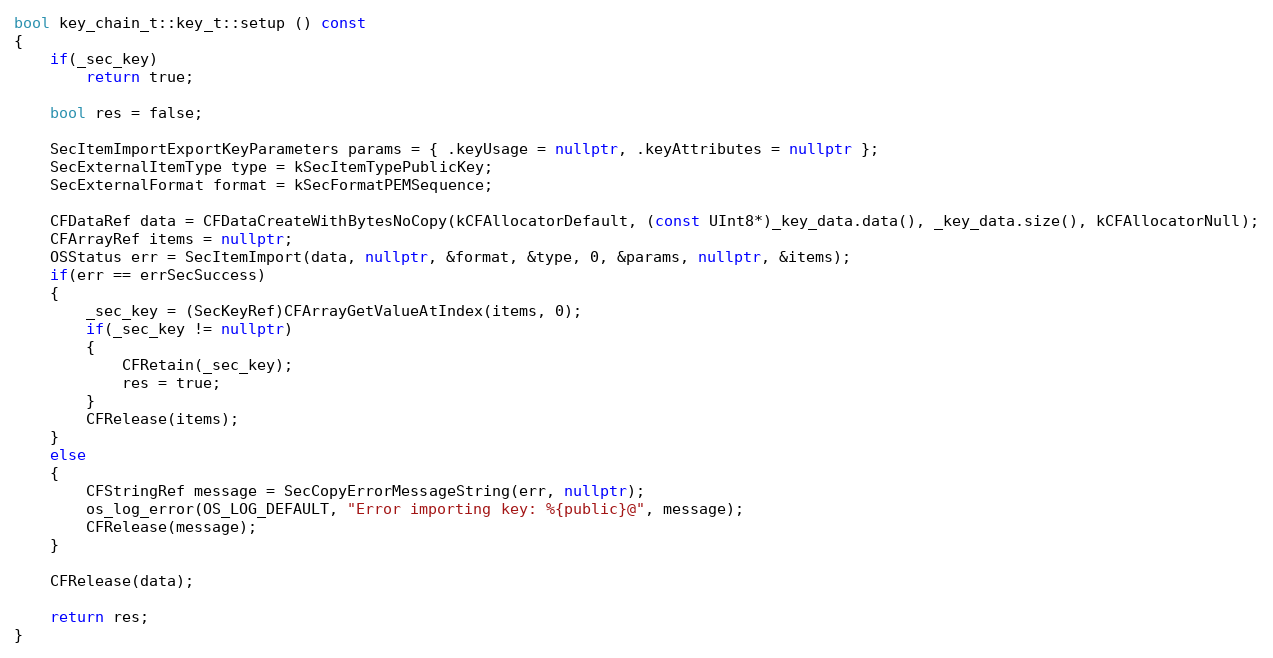
Language: C++
bool key_chain_t::key_t::setup () const
{
	if(_sec_key)
		return true;

	bool res = false;

	SecItemImportExportKeyParameters params = { .keyUsage = nullptr, .keyAttributes = nullptr };
	SecExternalItemType type = kSecItemTypePublicKey;
	SecExternalFormat format = kSecFormatPEMSequence;

	CFDataRef data = CFDataCreateWithBytesNoCopy(kCFAllocatorDefault, (const UInt8*)_key_data.data(), _key_data.size(), kCFAllocatorNull);
	CFArrayRef items = nullptr;
	OSStatus err = SecItemImport(data, nullptr, &format, &type, 0, &params, nullptr, &items);
	if(err == errSecSuccess)
	{
		_sec_key = (SecKeyRef)CFArrayGetValueAtIndex(items, 0);
		if(_sec_key != nullptr)
		{
			CFRetain(_sec_key);
			res = true;
		}
		CFRelease(items);
	}
	else
	{
		CFStringRef message = SecCopyErrorMessageString(err, nullptr);
		os_log_error(OS_LOG_DEFAULT, "Error importing key: %{public}@", message);
		CFRelease(message);
	}

	CFRelease(data);

	return res;
}